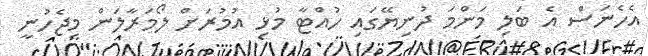
އެހެނަސް އެ ބަލި މަންމަ ދުނިޔޭގައި ހުއްޓާ މުޅި އުމުރަށް ލޯމަރާލަން މިޖެހުނީ